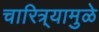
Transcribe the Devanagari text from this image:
चारित्र्यामुळे